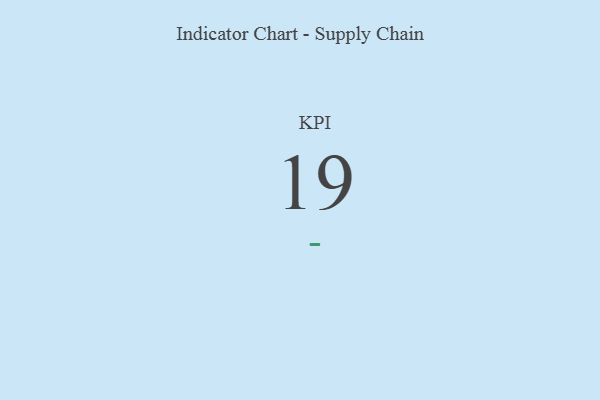
{"axis": {"x": "KPI", "y": "Value"}, "legend": [""], "data": [{"x": "KPI", "y": 19, "type": ""}]}